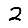
Digit: 2